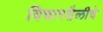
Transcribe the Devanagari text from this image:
विचारशैलीचे